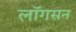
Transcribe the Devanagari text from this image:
लॉगसन